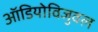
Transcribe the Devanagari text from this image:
ऑडियोविजुवल